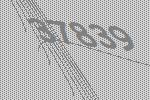
37839